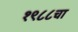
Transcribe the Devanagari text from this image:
१९८८चा